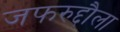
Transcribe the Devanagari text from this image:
जफरुद्दौला